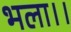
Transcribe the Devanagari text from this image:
भला।।